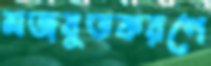
মজবুতকরণে